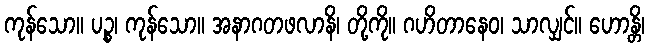
ကုန်သော။ ပဉ္စ၊ ကုန်သော။ အနာဂတဖလာနိ၊ တို့ကို။ ဂဟိတာနေဝ၊ သာလျှင်။ ဟောန္တိ၊